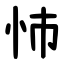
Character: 㤄